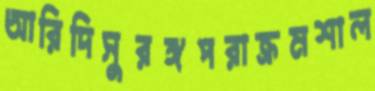
আরিদিসুরঙ্গপরাক্রমশাল